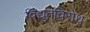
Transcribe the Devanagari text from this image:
विद्युत्‌विरोध